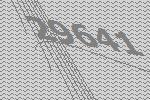
29641